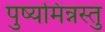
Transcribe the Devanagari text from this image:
पुष्यमिन्नस्तु